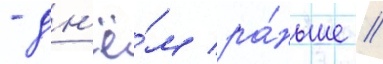
- дн'ё́м ра́ньше //